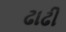
ઢાઢી